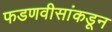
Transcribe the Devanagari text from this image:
फडणवीसांकडून